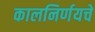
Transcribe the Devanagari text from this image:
कालनिर्णयचे